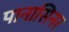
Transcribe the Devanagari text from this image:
पानासिनर